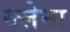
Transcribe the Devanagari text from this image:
ख्लेना